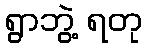
ရွာဘွဲ့ ရတု